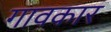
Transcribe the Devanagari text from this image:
गावकार